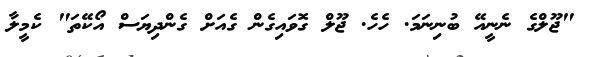
"ޖޫލްގެ ނެނީއޭ ބުނިނަމަ. ހެހެ. ޖޫލް ގޮވައިގެން ގެއަށް ގެންދިޔަސް އޯކޭތަ" ކެމީލާ